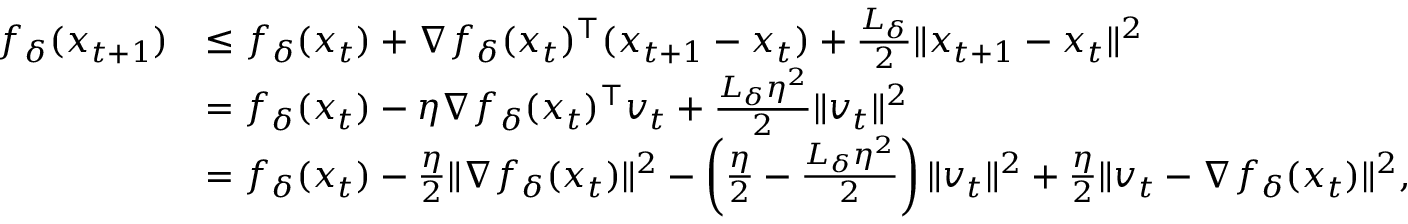
\begin{array} { r l } { f _ { \delta } ( x _ { t + 1 } ) } & { \le f _ { \delta } ( x _ { t } ) + \nabla f _ { \delta } ( x _ { t } ) ^ { \top } ( x _ { t + 1 } - x _ { t } ) + \frac { L _ { \delta } } { 2 } \Vert x _ { t + 1 } - x _ { t } \Vert ^ { 2 } } \\ & { = f _ { \delta } ( x _ { t } ) - \eta \nabla f _ { \delta } ( x _ { t } ) ^ { \top } v _ { t } + \frac { L _ { \delta } \eta ^ { 2 } } { 2 } \Vert v _ { t } \Vert ^ { 2 } } \\ & { = f _ { \delta } ( x _ { t } ) - \frac { \eta } { 2 } \Vert \nabla f _ { \delta } ( x _ { t } ) \Vert ^ { 2 } - \left( \frac { \eta } { 2 } - \frac { L _ { \delta } \eta ^ { 2 } } { 2 } \right) \Vert v _ { t } \Vert ^ { 2 } + \frac { \eta } { 2 } \Vert v _ { t } - \nabla f _ { \delta } ( x _ { t } ) \Vert ^ { 2 } , } \end{array}